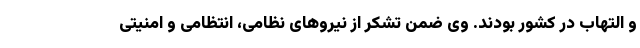
و التهاب در کشور بودند. وی ضمن تشکر از نیروهای نظامی، انتظامی و امنیتی